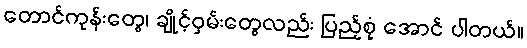
တောင်ကုန်းတွေ၊ ချိုင့်ဝှမ်းတွေလည်း ပြည့်စုံ အောင် ပါတယ်။